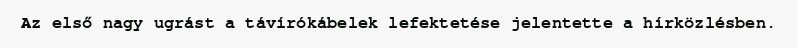
Az első nagy ugrást a távírókábelek lefektetése jelentette a hírközlésben.